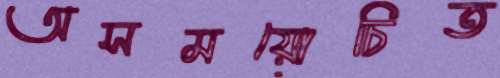
অসময়োচিত